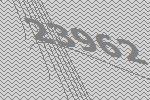
23962